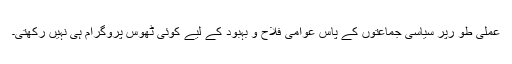
عملی طو رپر سیاسی جماعتوں کے پاس عوامی فلاح و بہبود کے لیے کوئی ٹھوس پروگرام ہی نہیں رکھتی۔